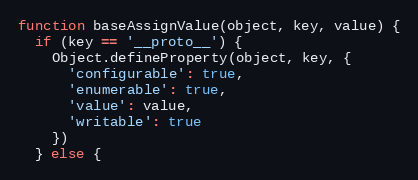
Language: JavaScript
function baseAssignValue(object, key, value) {
  if (key == '__proto__') {
    Object.defineProperty(object, key, {
      'configurable': true,
      'enumerable': true,
      'value': value,
      'writable': true
    })
  } else {